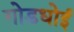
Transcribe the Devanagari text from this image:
गोडधोई